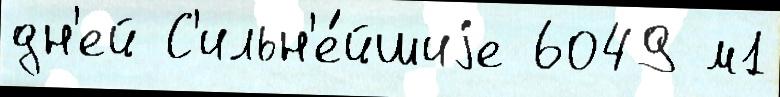
дн'ей С'ильн'е́йшиjе 6049 м1